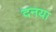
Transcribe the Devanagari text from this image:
दनया